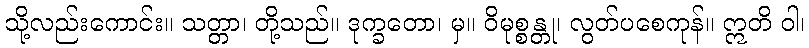
သို့လည်းကောင်း။ သတ္တာ၊ တို့သည်။ ဒုက္ခတော၊ မှ။ ဝိမုစ္စန္တု၊ လွတ်ပစေကုန်။ ဣတိ ဝါ၊